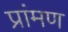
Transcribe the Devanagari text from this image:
प्रांमण